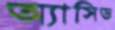
অ্যাসিড